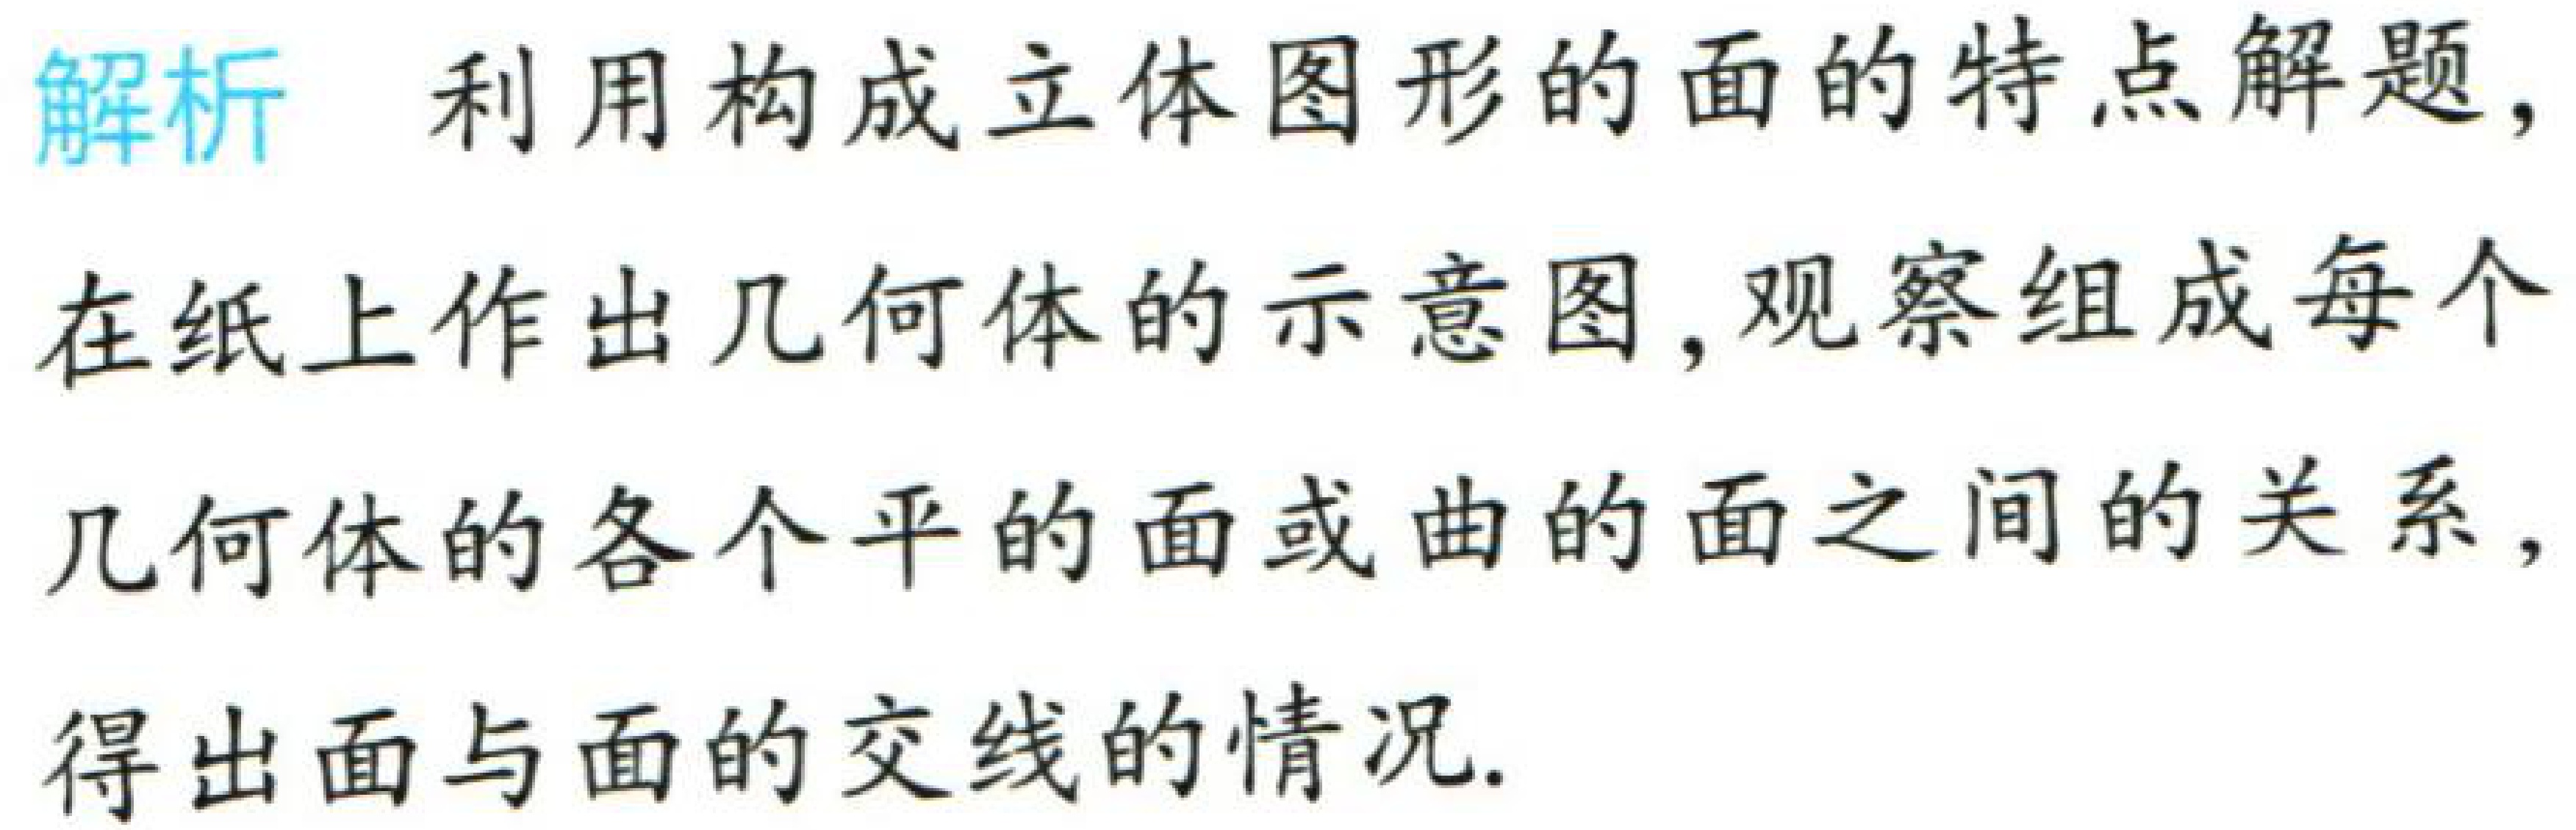
解析 利用构成立体图形的面的特点解题，在纸上作出几何体的示意图，观察组成每个几何体的各个平的面或曲的面之间的关系，得出面与面的交线的情况.